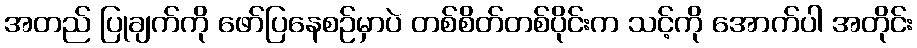
အတည် ပြုချက်ကို ဖော်ပြနေစဉ်မှာပဲ တစ်စိတ်တစ်ပိုင်းက သင့်ကို အောက်ပါ အတိုင်း